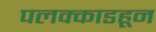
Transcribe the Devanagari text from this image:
पलक्काडहून